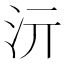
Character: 𱥳